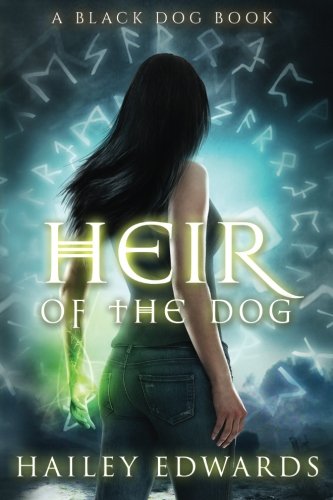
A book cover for Heir of the Dog: Black Dog (Volume 2); Hailey Edwards; Science Fiction & Fantasy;